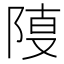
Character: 𨺎